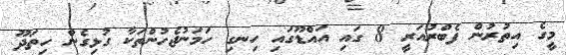
މީގެ އިތުރުން ފެބްރުއަރީ 8 ގައި އައްޑޫގައި ހިނގި ހަމަނުޖެހުންތަކާ ގުޅިގެން ހިތަދޫ